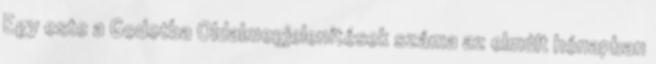
Egy este a Godotba Oldalmegjelenítések száma az elmúlt hónapban